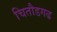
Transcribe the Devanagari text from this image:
चितौडगढ